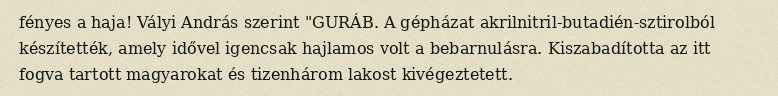
fényes a haja! Vályi András szerint "GURÁB. A gépházat akrilnitril-butadién-sztirolból készítették, amely idővel igencsak hajlamos volt a bebarnulásra. Kiszabadította az itt fogva tartott magyarokat és tizenhárom lakost kivégeztetett.